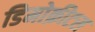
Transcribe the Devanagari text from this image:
डिमोक्रीटस